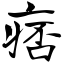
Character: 痞